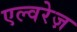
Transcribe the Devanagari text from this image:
एल्वरेज़